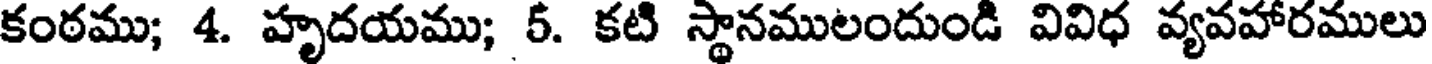
కంఠము; 4. హృదయము; 5. కటి స్థానములందుండి వివిధ వ్యవహారములు